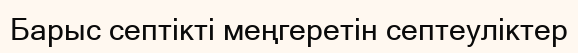
Барыс септікті меңгеретін септеуліктер